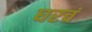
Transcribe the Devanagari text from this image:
घरचं